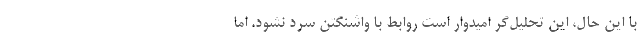
با این حال، این تحلیل‌گر امیدوار است روابط با واشنگتن سرد نشود. اما